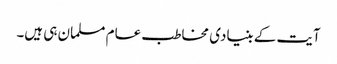
آیت کے بنیادی مخاطب عام مسلمان ہی ہیں۔